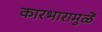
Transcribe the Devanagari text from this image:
कारभारामुळें